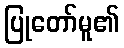
ပြုတော်မူ၏